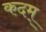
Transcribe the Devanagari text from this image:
कदम्